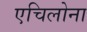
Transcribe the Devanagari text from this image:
एचिलोना